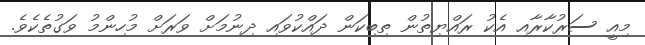
މިއީ ސަރުކާރާއި އެކު ރައްޔިތުން ތިބިކަން ދައްކުވައި ދިނުމަށް ވަރަށް މުހިންމު ވަގުތެކެވެ.